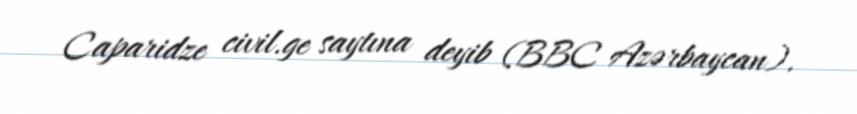
Caparidze civil.ge saytına deyib (BBC Azərbaycan).